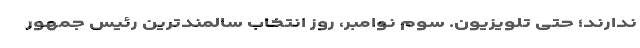
ندارند؛ حتی تلویزیون. سوم نوامبر، روز انتخاب سالمندترین رئیس ‌جمهور